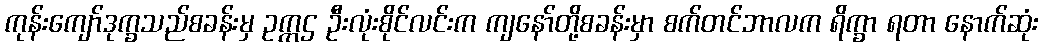
ကုန်းကျော်ဒုက္ခသည်စခန်းမှ ဥက္ကဌ ဦးလုံးစိုင်လင်းက ကျနော်တို့စခန်းမှာ စက်တင်ဘာလက ရိက္ခာ ရတာ နောက်ဆုံး